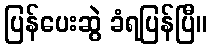
ပြန်ပေးဆွဲ ခံရပြန်ပြီ။